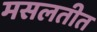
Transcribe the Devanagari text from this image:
मसलतीत